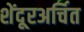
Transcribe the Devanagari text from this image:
शेंदूरअर्चित